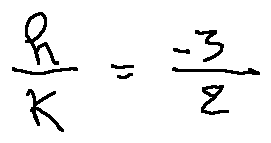
\frac { h } { k } = - \frac { 3 } { 2 }